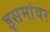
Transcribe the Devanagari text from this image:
इसमांवर